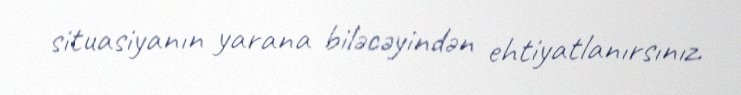
situasiyanın yarana biləcəyindən ehtiyatlanırsınız.